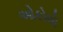
ઓકોલો